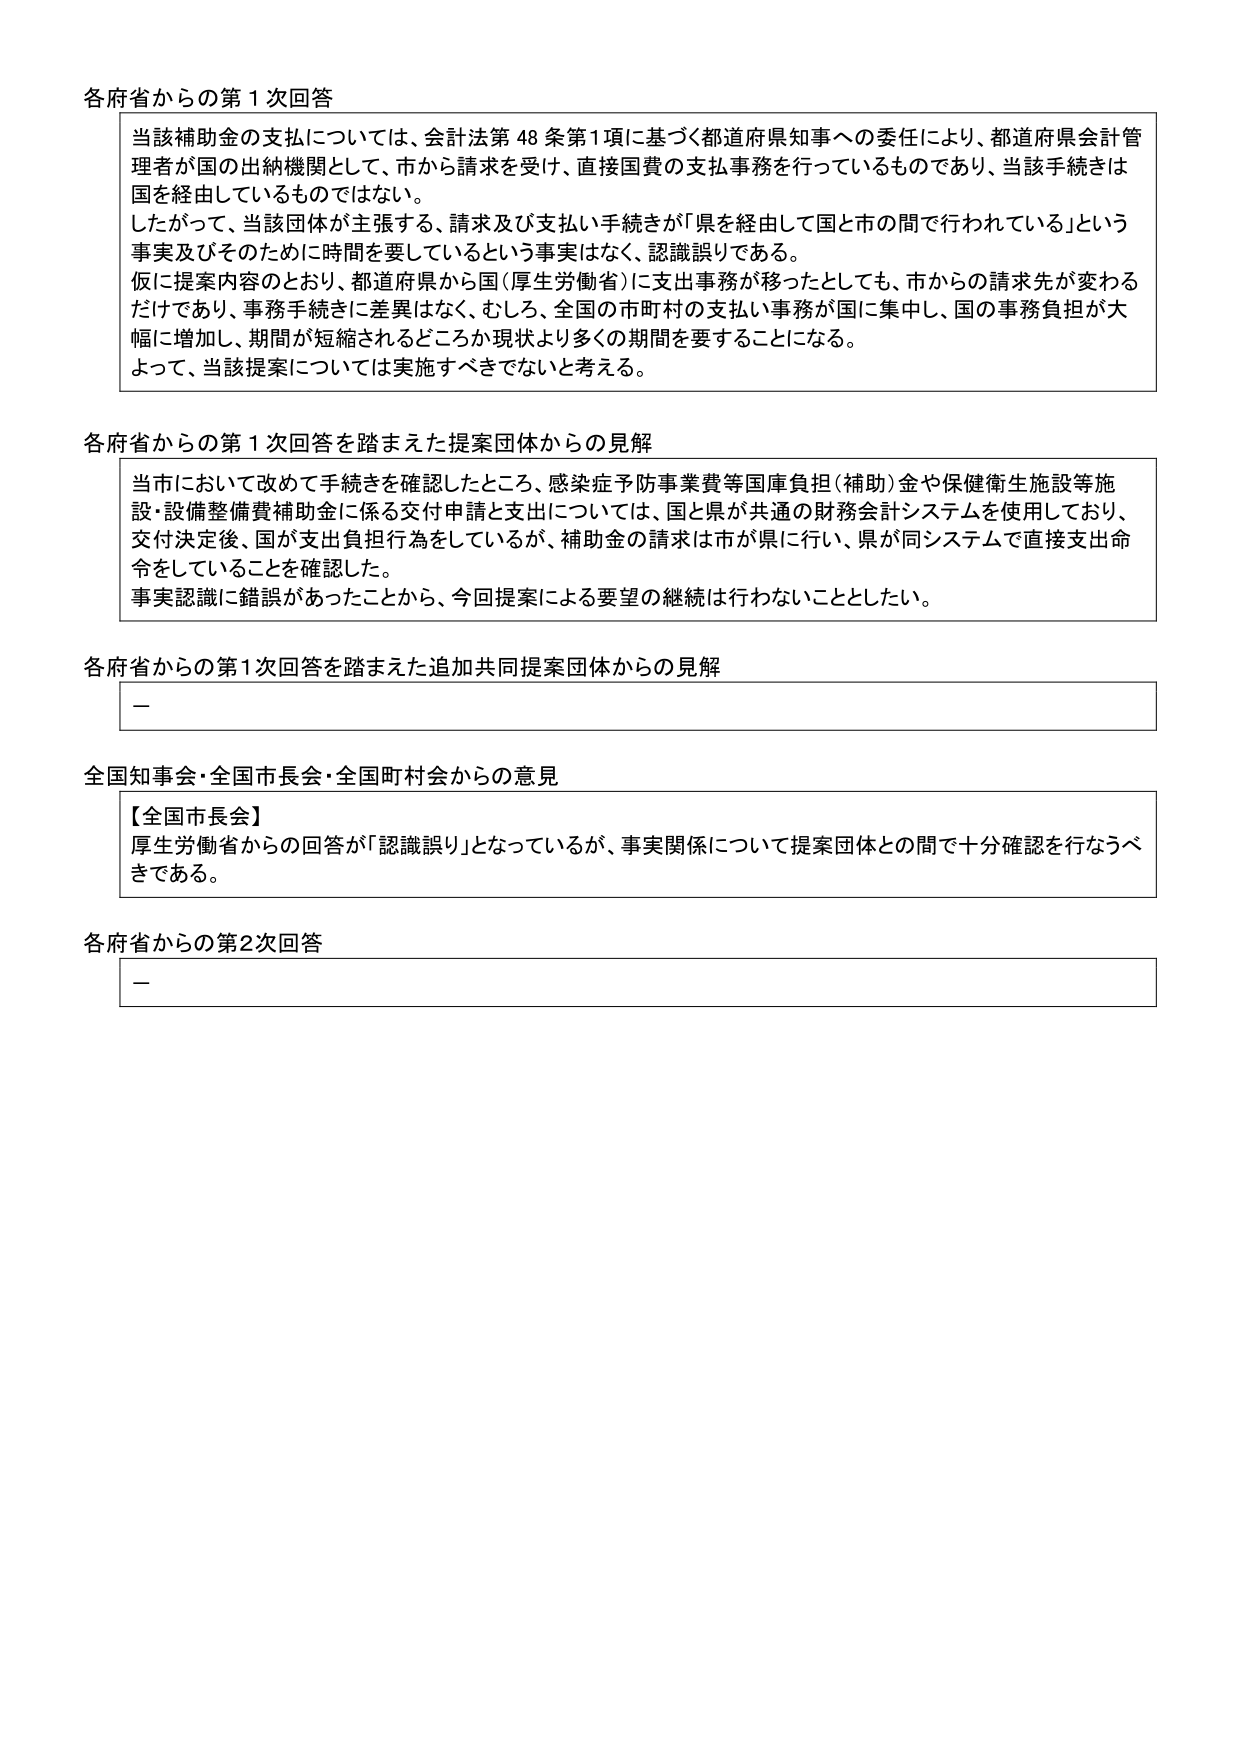
各府省からの第1次回答

当該補助金の支払については、会計法第48条第1項に基づく都道府県知事への委任により、都道府県会計管理者が国の出納機関として、市から請求を受け、直接国費の支払事務を行っているものであり、当該手続きは国を経由しているものではない。
したがって、当該団体が主張する、請求及び支払い手続きが「県を経由して国と市の間で行われている」という事実及びそのために時間を要しているという事実はなく、認識誤りである。
仮に提案内容のとおり、都道府県から国（厚生労働省）に支出事務が移ったとしても、市からの請求先が変わるだけであり、事務手続きに差異はなく、むしろ、全国の市町村の支払い事務が国に集中し、国の事務負担が大幅に増加し、期間が短縮されるどころか現状より多くの期間を要することになる。
よって、当該提案については実施すべきでないと考える。

各府省からの第1次回答を踏まえた提案団体からの見解

当市において改めて手続きを確認したところ、感染症予防事業費等国庫負担（補助）金や保健衛生施設等施設・設備整備費補助金に係る交付申請と支出については、国と県が共通の財務会計システムを使用しており、交付決定後、国が支出負担行為をしているが、補助金の請求は市が県に行い、県が同システムで直接支出命令をしていることを確認した。
事実認識に錯誤があったことから、今回提案による要望の継続は行わないこととしたい。

各府省からの第1次回答を踏まえた追加共同提案団体からの見解

－

全国知事会・全国市長会・全国町村会からの意見

【全国市長会】
厚生労働省からの回答が「認識誤り」となっているが、事実関係について提案団体との間で十分確認を行なうべきである。

各府省からの第2次回答

－